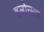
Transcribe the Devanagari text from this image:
बलोन्मत्त